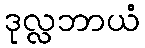
ဒုလ္လဘာယံ